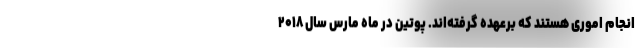
انجام اموری هستند که برعهده گرفته‌اند. پوتین در ماه مارس سال ۲۰۱۸